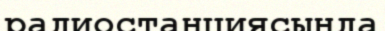
радиостанциясында